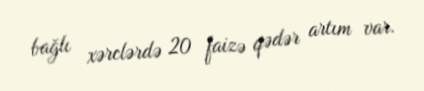
bağlı xərclərdə 20 faizə qədər artım var.